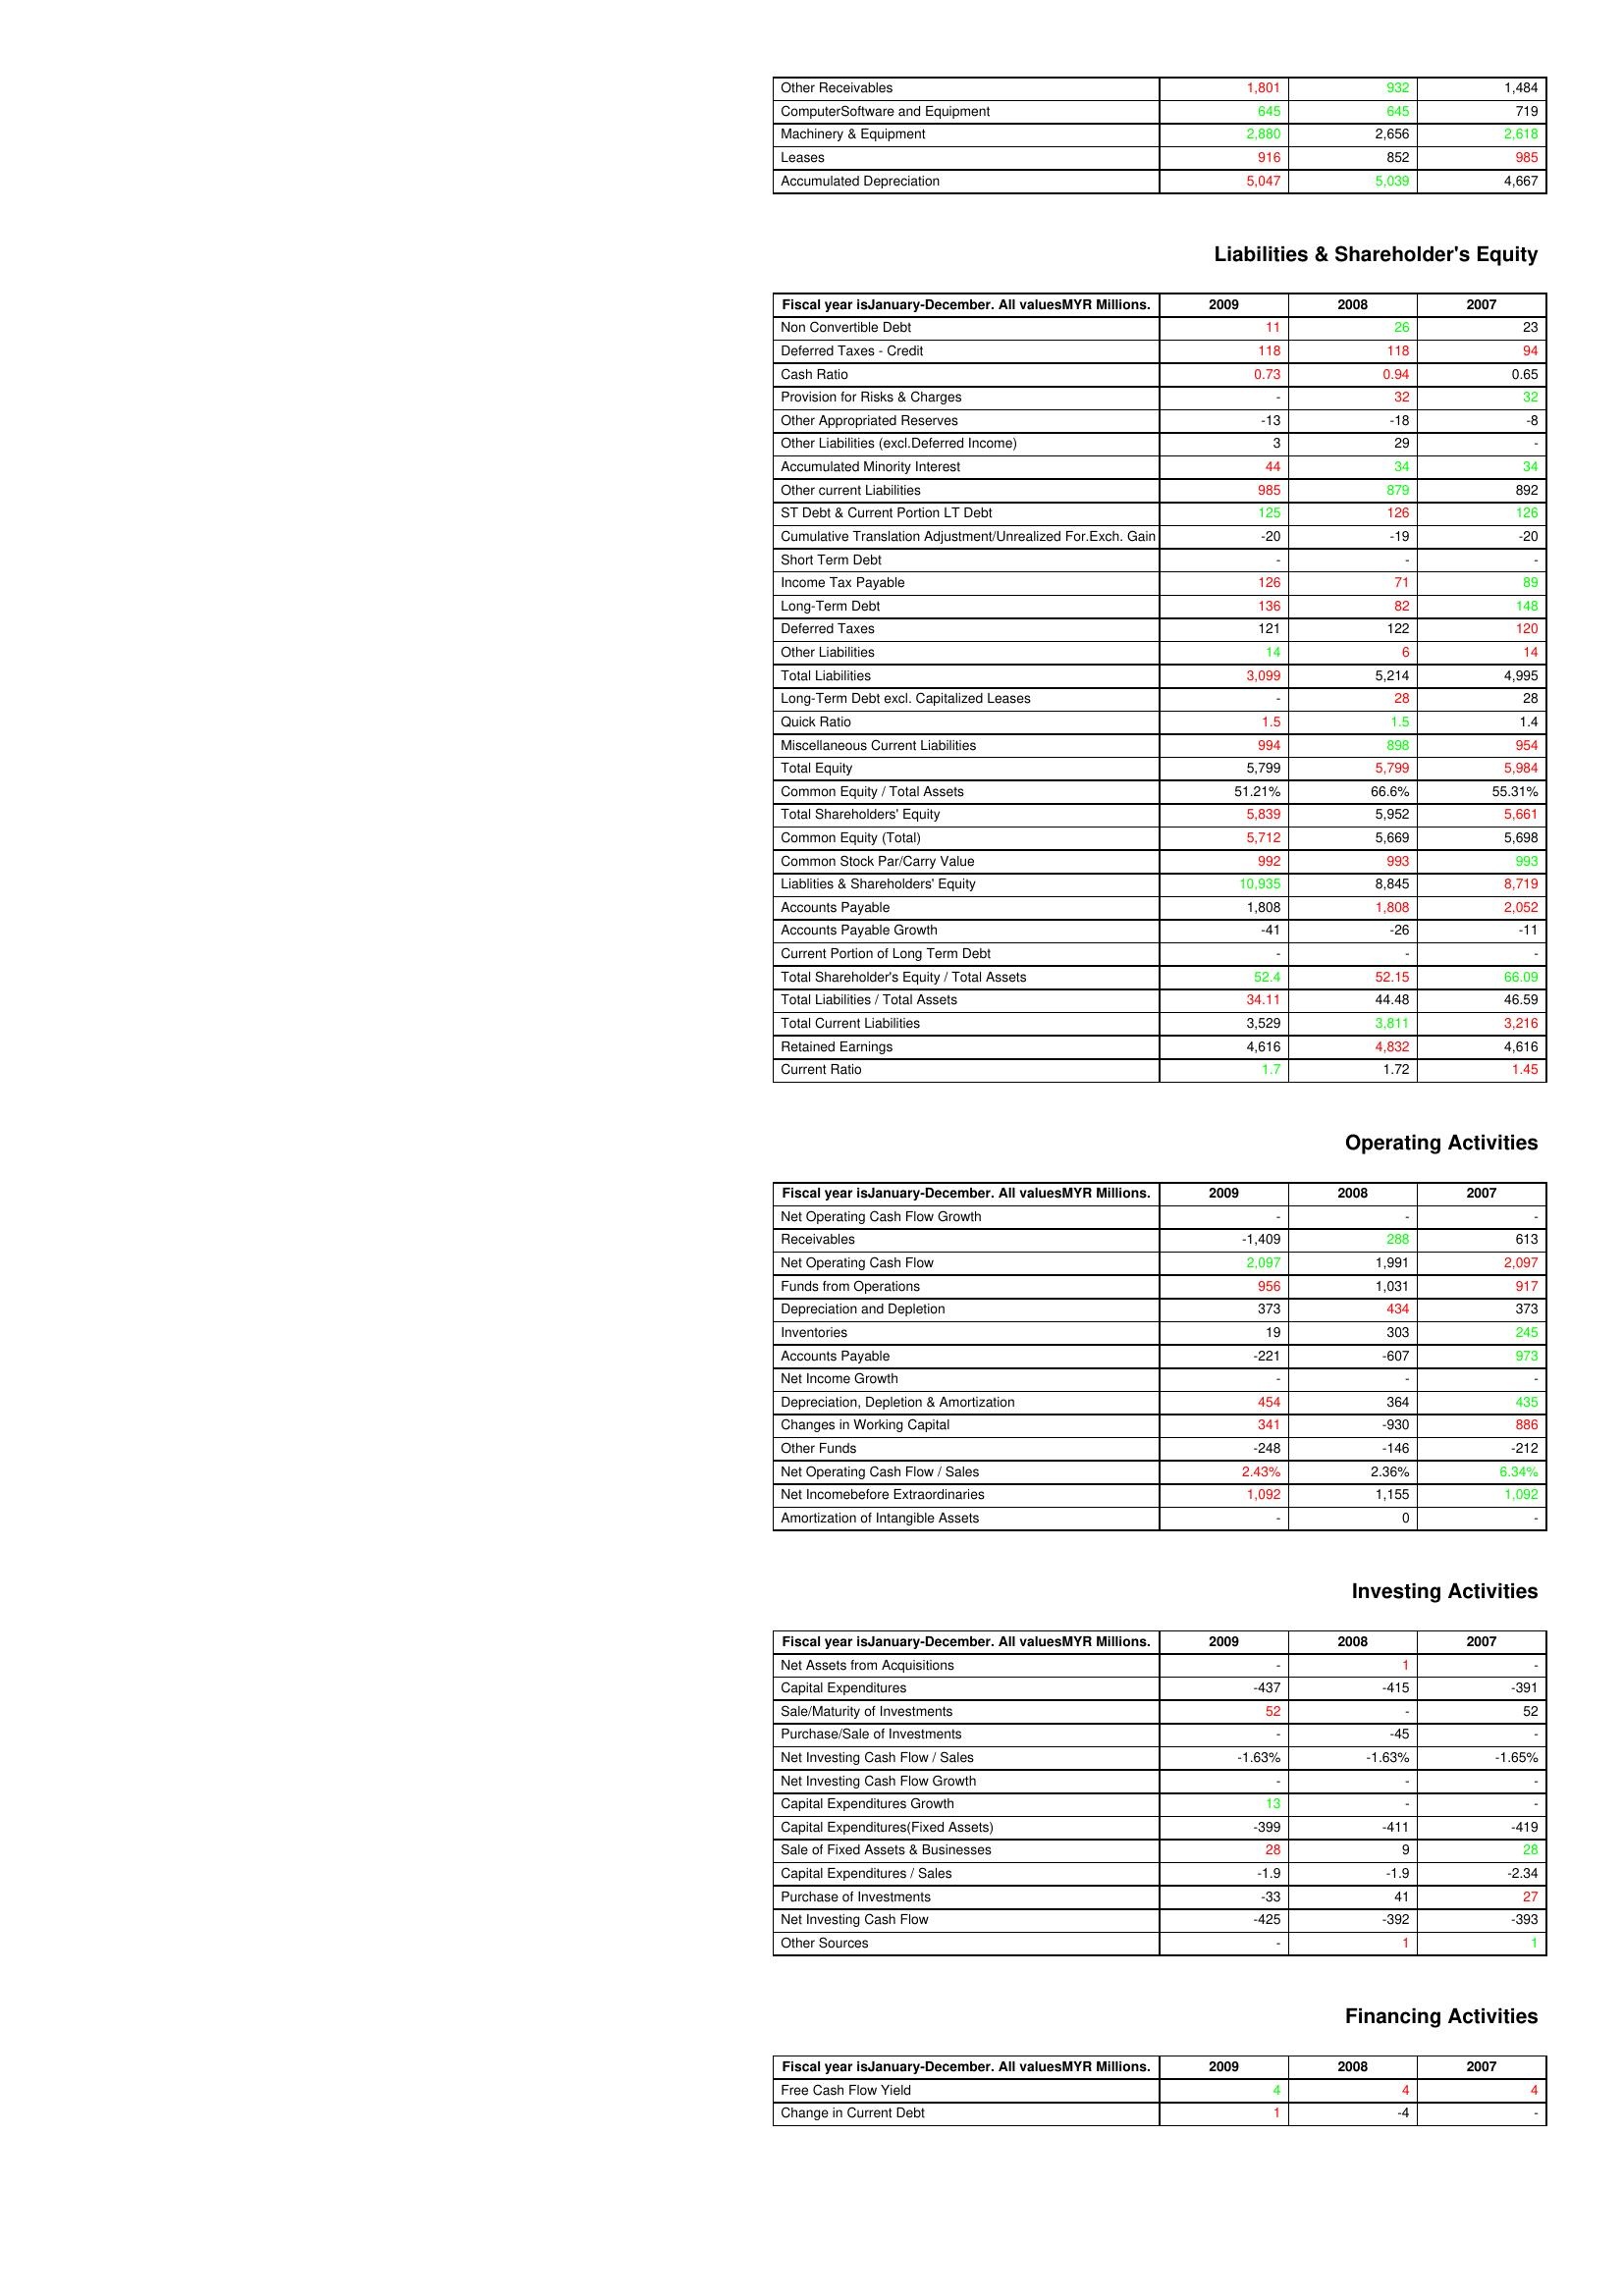
gt_parse: 2009: Assets: Other Receivables: 1,801
ComputerSoftware and Equipment: 645
Machinery & Equipment: 2,880
Leases: 916
Accumulated Depreciation: 5,047
Liabilities & Shareholder's Equity: Non Convertible Debt: 11
Deferred Taxes - Credit: 118
Cash Ratio: 0.73
Provision for Risks & Charges: -
Other Appropriated Reserves: -13
Other Liabilities (excl.Deferred Income): 3
Accumulated Minority Interest: 44
Other current Liabilities: 985
ST Debt & Current Portion LT Debt: 125
Cumulative Translation Adjustment/Unrealized For.Exch. Gain: -20
Short Term Debt: -
Income Tax Payable: 126
Long-Term Debt: 136
Deferred Taxes: 121
Other Liabilities: 14
Total Liabilities: 3,099
Long-Term Debt excl. Capitalized Leases: -
Quick Ratio: 1.5
Miscellaneous Current Liabilities: 994
Total Equity: 5,799
Common Equity / Total Assets: 51.21%
Total Shareholders' Equity: 5,839
Common Equity (Total): 5,712
Common Stock Par/Carry Value: 992
Liablities & Shareholders' Equity: 10,935
Accounts Payable: 1,808
Accounts Payable Growth: -41
Current Portion of Long Term Debt: -
Total Shareholder's Equity / Total Assets: 52.4
Total Liabilities / Total Assets: 34.11
Total Current Liabilities: 3,529
Retained Earnings: 4,616
Current Ratio: 1.7
Operating Activities: Net Operating Cash Flow Growth: -
Receivables: -1,409
Net Operating Cash Flow: 2,097
Funds from Operations: 956
Depreciation and Depletion: 373
Inventories: 19
Accounts Payable: -221
Net Income Growth: -
Depreciation, Depletion & Amortization: 454
Changes in Working Capital: 341
Other Funds: -248
Net Operating Cash Flow / Sales: 2.43%
Net Incomebefore Extraordinaries: 1,092
Amortization of Intangible Assets: -
Investing Activities: Net Assets from Acquisitions: -
Capital Expenditures: -437
Sale/Maturity of Investments: 52
Purchase/Sale of Investments: -
Net Investing Cash Flow / Sales: -1.63%
Net Investing Cash Flow Growth: -
Capital Expenditures Growth: 13
Capital Expenditures(Fixed Assets): -399
Sale of Fixed Assets & Businesses: 28
Capital Expenditures / Sales: -1.9
Purchase of Investments: -33
Net Investing Cash Flow: -425
Other Sources: -
Financing Activities: Free Cash Flow Yield: 4
Change in Current Debt: 1
2008: Assets: Other Receivables: 932
ComputerSoftware and Equipment: 645
Machinery & Equipment: 2,656
Leases: 852
Accumulated Depreciation: 5,039
Liabilities & Shareholder's Equity: Non Convertible Debt: 26
Deferred Taxes - Credit: 118
Cash Ratio: 0.94
Provision for Risks & Charges: 32
Other Appropriated Reserves: -18
Other Liabilities (excl.Deferred Income): 29
Accumulated Minority Interest: 34
Other current Liabilities: 879
ST Debt & Current Portion LT Debt: 126
Cumulative Translation Adjustment/Unrealized For.Exch. Gain: -19
Short Term Debt: -
Income Tax Payable: 71
Long-Term Debt: 82
Deferred Taxes: 122
Other Liabilities: 6
Total Liabilities: 5,214
Long-Term Debt excl. Capitalized Leases: 28
Quick Ratio: 1.5
Miscellaneous Current Liabilities: 898
Total Equity: 5,799
Common Equity / Total Assets: 66.6%
Total Shareholders' Equity: 5,952
Common Equity (Total): 5,669
Common Stock Par/Carry Value: 993
Liablities & Shareholders' Equity: 8,845
Accounts Payable: 1,808
Accounts Payable Growth: -26
Current Portion of Long Term Debt: -
Total Shareholder's Equity / Total Assets: 52.15
Total Liabilities / Total Assets: 44.48
Total Current Liabilities: 3,811
Retained Earnings: 4,832
Current Ratio: 1.72
Operating Activities: Net Operating Cash Flow Growth: -
Receivables: 288
Net Operating Cash Flow: 1,991
Funds from Operations: 1,031
Depreciation and Depletion: 434
Inventories: 303
Accounts Payable: -607
Net Income Growth: -
Depreciation, Depletion & Amortization: 364
Changes in Working Capital: -930
Other Funds: -146
Net Operating Cash Flow / Sales: 2.36%
Net Incomebefore Extraordinaries: 1,155
Amortization of Intangible Assets: 0
Investing Activities: Net Assets from Acquisitions: 1
Capital Expenditures: -415
Sale/Maturity of Investments: -
Purchase/Sale of Investments: -45
Net Investing Cash Flow / Sales: -1.63%
Net Investing Cash Flow Growth: -
Capital Expenditures Growth: -
Capital Expenditures(Fixed Assets): -411
Sale of Fixed Assets & Businesses: 9
Capital Expenditures / Sales: -1.9
Purchase of Investments: 41
Net Investing Cash Flow: -392
Other Sources: 1
Financing Activities: Free Cash Flow Yield: 4
Change in Current Debt: -4
2007: Assets: Other Receivables: 1,484
ComputerSoftware and Equipment: 719
Machinery & Equipment: 2,618
Leases: 985
Accumulated Depreciation: 4,667
Liabilities & Shareholder's Equity: Non Convertible Debt: 23
Deferred Taxes - Credit: 94
Cash Ratio: 0.65
Provision for Risks & Charges: 32
Other Appropriated Reserves: -8
Other Liabilities (excl.Deferred Income): -
Accumulated Minority Interest: 34
Other current Liabilities: 892
ST Debt & Current Portion LT Debt: 126
Cumulative Translation Adjustment/Unrealized For.Exch. Gain: -20
Short Term Debt: -
Income Tax Payable: 89
Long-Term Debt: 148
Deferred Taxes: 120
Other Liabilities: 14
Total Liabilities: 4,995
Long-Term Debt excl. Capitalized Leases: 28
Quick Ratio: 1.4
Miscellaneous Current Liabilities: 954
Total Equity: 5,984
Common Equity / Total Assets: 55.31%
Total Shareholders' Equity: 5,661
Common Equity (Total): 5,698
Common Stock Par/Carry Value: 993
Liablities & Shareholders' Equity: 8,719
Accounts Payable: 2,052
Accounts Payable Growth: -11
Current Portion of Long Term Debt: -
Total Shareholder's Equity / Total Assets: 66.09
Total Liabilities / Total Assets: 46.59
Total Current Liabilities: 3,216
Retained Earnings: 4,616
Current Ratio: 1.45
Operating Activities: Net Operating Cash Flow Growth: -
Receivables: 613
Net Operating Cash Flow: 2,097
Funds from Operations: 917
Depreciation and Depletion: 373
Inventories: 245
Accounts Payable: 973
Net Income Growth: -
Depreciation, Depletion & Amortization: 435
Changes in Working Capital: 886
Other Funds: -212
Net Operating Cash Flow / Sales: 6.34%
Net Incomebefore Extraordinaries: 1,092
Amortization of Intangible Assets: -
Investing Activities: Net Assets from Acquisitions: -
Capital Expenditures: -391
Sale/Maturity of Investments: 52
Purchase/Sale of Investments: -
Net Investing Cash Flow / Sales: -1.65%
Net Investing Cash Flow Growth: -
Capital Expenditures Growth: -
Capital Expenditures(Fixed Assets): -419
Sale of Fixed Assets & Businesses: 28
Capital Expenditures / Sales: -2.34
Purchase of Investments: 27
Net Investing Cash Flow: -393
Other Sources: 1
Financing Activities: Free Cash Flow Yield: 4
Change in Current Debt: -